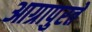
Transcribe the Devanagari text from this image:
आग्रापुरते